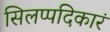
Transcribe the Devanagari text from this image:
सिलप्पदिकारं